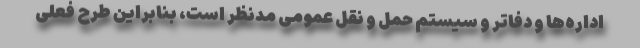
اداره‌ها و دفاتر و سیستم حمل و نقل عمومی مدنظر است، بنابراین طرح فعلی